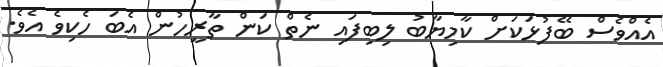
އެއްވެސް ބޭފުޅަކަށް ކާމިޔާބު ލިބިފައި ނެތް ކަން ތާރީހުން އެބަ ހެކިވެ އެވެ.